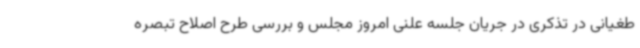
طغیانی در تذکری در جریان جلسه علنی امروز مجلس و بررسی طرح اصلاح تبصره